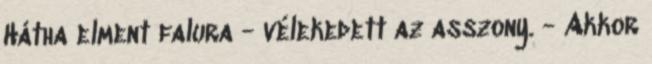
Hátha elment falura - vélekedett az asszony. - Akkor